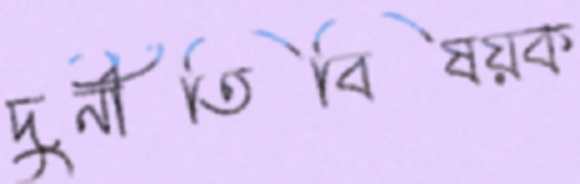
দুর্নীতিবিষয়ক